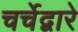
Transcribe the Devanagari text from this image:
चर्चेद्वारे